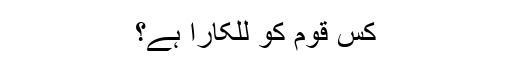
کس قوم کو للکارا ہے؟